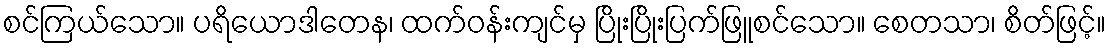
စင်ကြယ်သော။ ပရိယောဒါတေန၊ ထက်ဝန်းကျင်မှ ပြိုးပြိုးပြက်ဖြူစင်သော။ စေတသာ၊ စိတ်ဖြင့်။